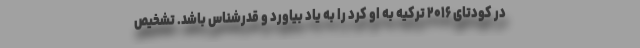
در کودتای ۲۰۱۶ ترکیه به او کرد را به یاد بیاورد و قدرشناس باشد. تشخیص